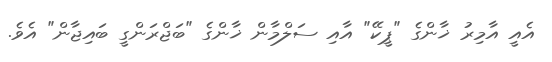
އެއީ އާމިރު ޚާންގެ "ޕީކޭ" އާއި ސަލްމާން ޚާންގެ "ބަޖްރަންގީ ބައިޖާން" އެވެ.